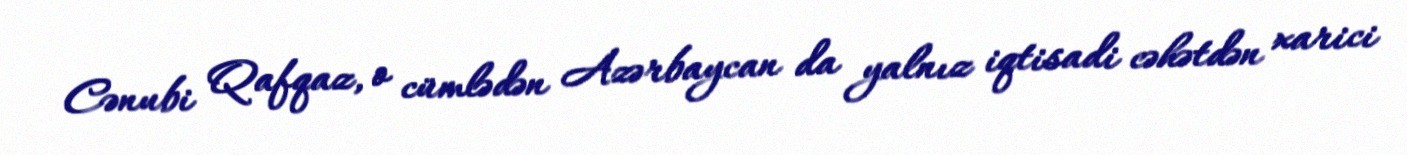
Cənubi Qafqaz, o cümlədən Azərbaycan da yalnız iqtisadi cəhətdən xarici